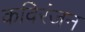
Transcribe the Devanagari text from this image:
कविरंजन